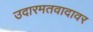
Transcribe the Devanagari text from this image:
उदारमतवादावर